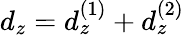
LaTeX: d_{z}=d_{z}^{(1)}+d_{z}^{(2)}